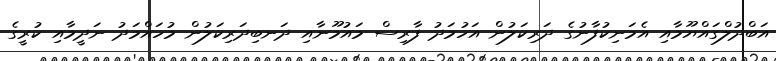
އަބްދުލްގައްޔޫމާއި އެމަނިކުފާނުގެ ދަރިކަލުން އަހުމަދު ފާރިސް މައުމޫނާއި ދަނބިދަރިކަލުން މުހައްމަދު ނަދީމާއި ކުރީގެ